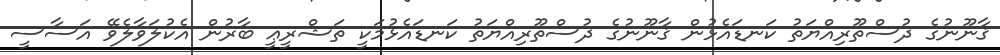
ޤާނޫނުގެ ދުސްތޫރިއްޔަތު ކަނޑައެޅުން ޤާނޫނުގެ ދުސްތޫރިއްޔަތު ކަނޑައެޅުމަކީ ތަޝްރީޢީ ބާރުން އެކުލަވާލެވޭ އަސާސީ